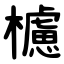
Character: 櫖